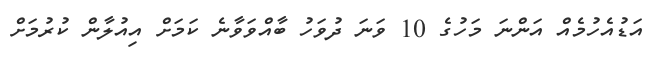
އަޑުއެހުމެއް އަންނަ މަހުގެ 10 ވަނަ ދުވަހު ބާއްވަވާނެ ކަމަށް އިއުލާން ކުރުމަށް